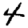
Digit: 4